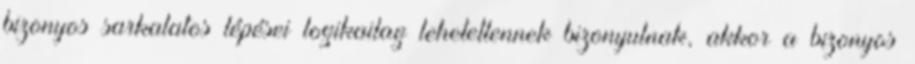
bizonyos sarkalatos lépései logikailag lehetetlennek bizonyulnak, akkor a bizonyos